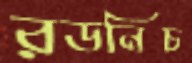
রডনিচ